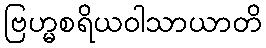
ဗြဟ္မစရိယဝါသာယာတိ